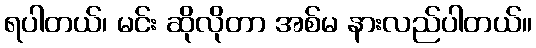
ရပါတယ်၊ မင်း ဆိုလိုတာ အစ်မ နားလည်ပါတယ်။